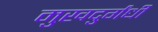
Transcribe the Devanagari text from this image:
मुखदुर्गंधी